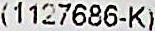
(1127686-K)